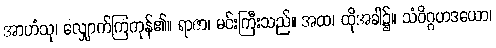
အာဟံသု၊ လျှောက်ကြကုန်၏။ ရာဇာ၊ မင်းကြီးသည်။ အထ၊ ထိုအခါ၌။ သံဝိဂ္ဂဟဒယော၊